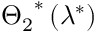
{ { \Theta _ { 2 } } ^ { * } } \left( { { \lambda } ^ { * } } \right)